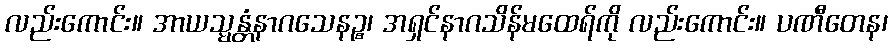
လည်းကောင်း။ အာယသ္မန္တံနာဂသေနဉ္စ၊ အရှင်နာဂသိန်မထေရ်ကို လည်းကောင်း။ ပဏီတေန၊